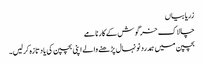
زریابیاں
چالاک خرگوش کے کارنامے
بچپن میں ہمدرد نونہال پڑھنے والے اپنی بچپن کی یاد تازہ کرلیں۔